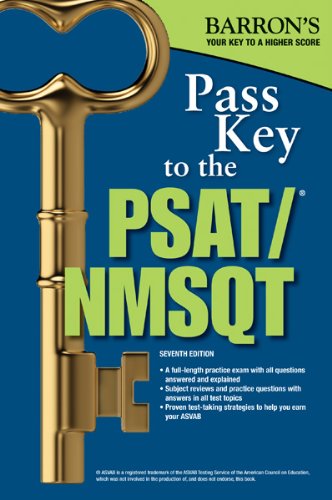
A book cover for Pass Key to the PSAT/NMSQT, 7th Edition (Barron's Pass Key to the PSAT/NMSQT); Sharon Weiner Green M.A.; Test Preparation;